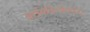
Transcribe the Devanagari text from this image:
आईवडिलांकडेच